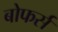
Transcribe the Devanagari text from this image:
बोफर्स